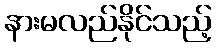
နားမလည်နိုင်သည့်